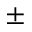
\pm